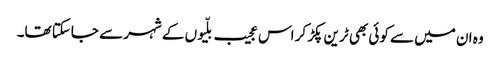
وہ ان میں سے کوئی بھی ٹرین پکڑ کر اس عجیب بلّیوں کے شہر سے جاسکتا تھا۔